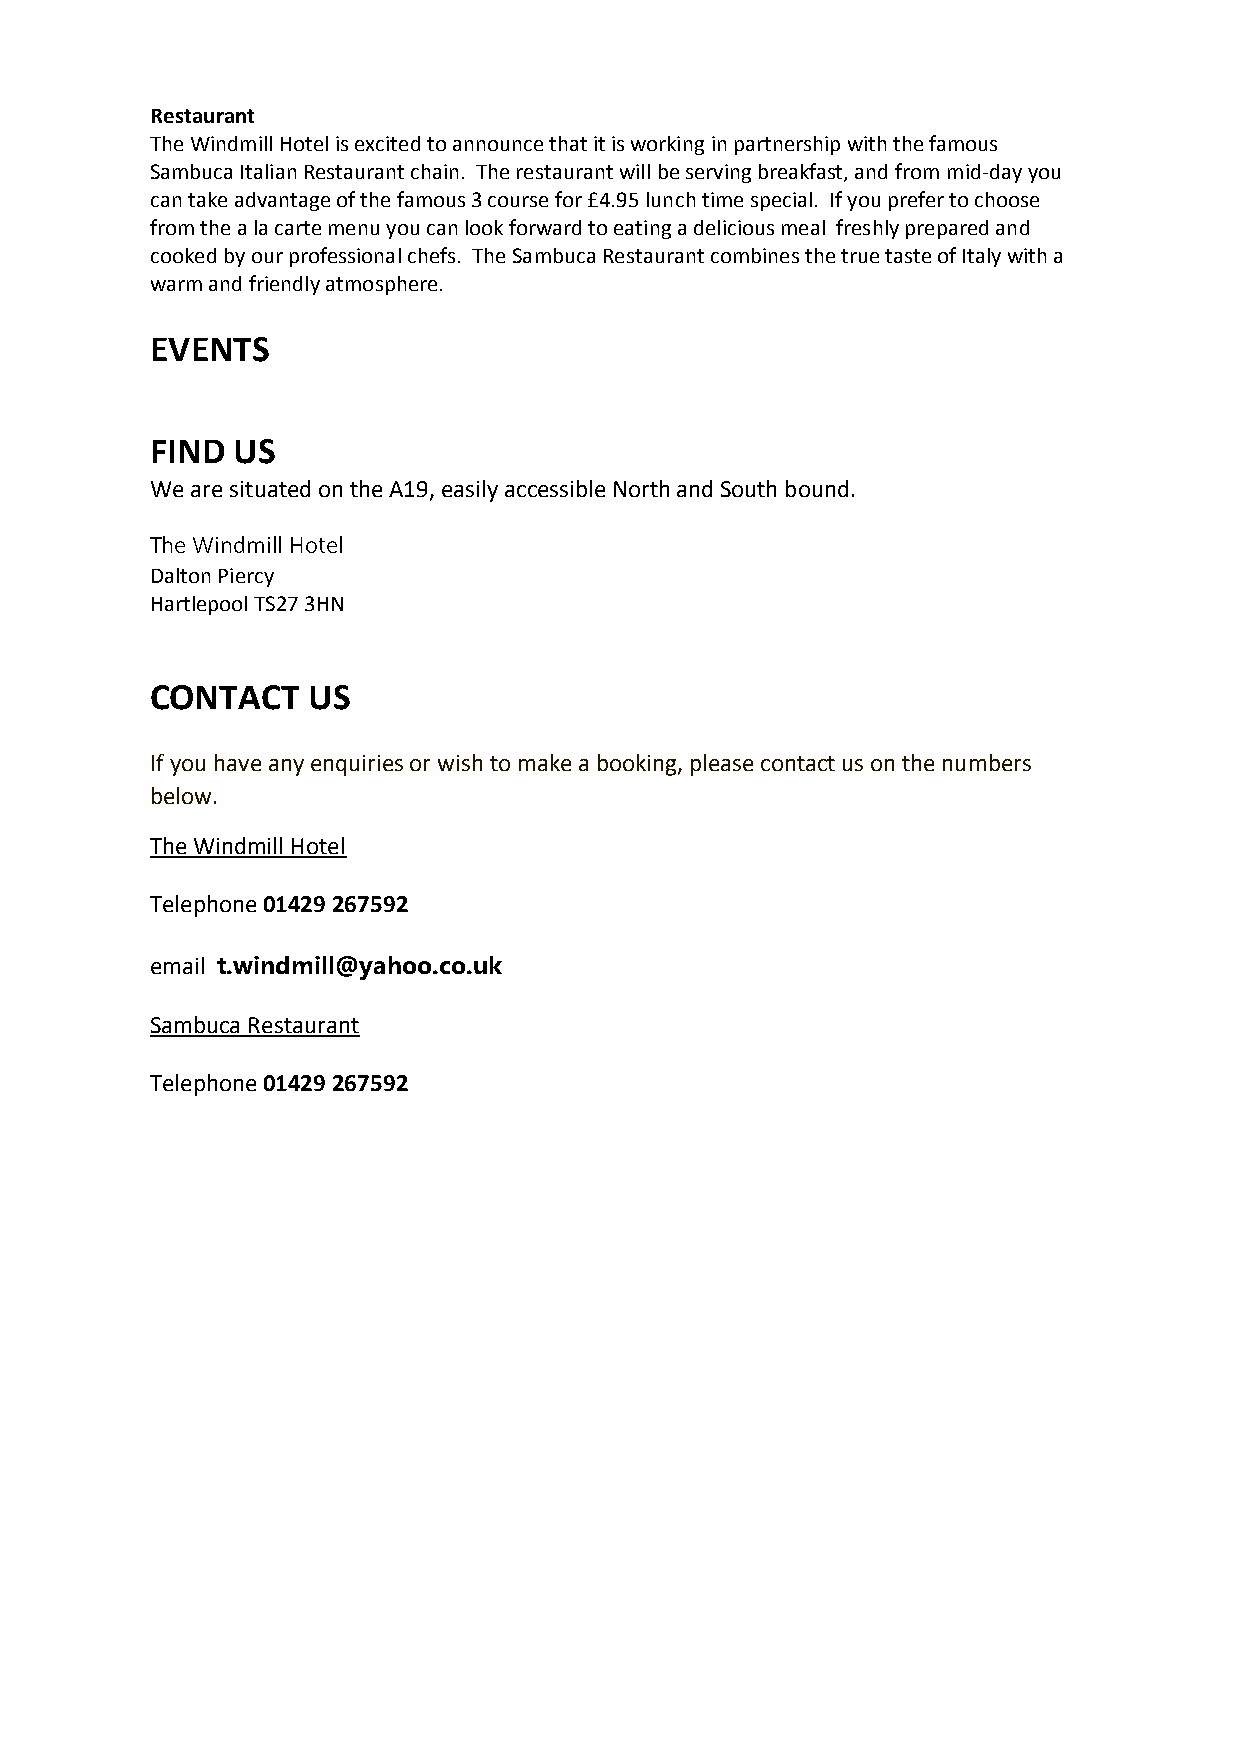
Restaurant
 The Windmill Hotel is excited to announce that it is working in partnership with the famous
 Sambuca Italian Restaurant chain. The restaurant will be serving breakfast, and from mid-day you
 can take advantage of the famous 3 course for £4.95 lunch time special. If you prefer to choose
 from the a la carte menu you can look forward to eating a delicious meal freshly prepared and
 cooked by our professional chefs. The Sambuca Restaurant combines the true taste of Italy with a
 warm and friendly atmosphere.
 EVENTS
 FIND US
 We are situated on the A19, easily accessible North and South bound.
 The Windmill Hotel
 Dalton Piercy
 Hartlepool TS27 3HN
 CONTACT   US
 If you have any enquiries or wish to make a booking, please contact us on the numbers
 below.
 The Windmill Hotel
 Telephone 01429 267592
 email t.windmill@yahoo.co.uk
 Sambuca Restaurant
 Telephone 01429 267592